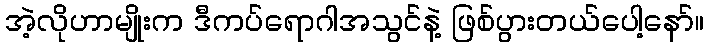
အဲ့လိုဟာမျိုးက ဒီကပ်ရောဂါအသွင်နဲ့ ဖြစ်ပွားတယ်ပေါ့နော်။